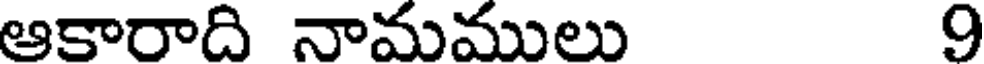
ఆకారాది నామములు 9